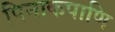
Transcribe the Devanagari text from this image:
पिनाकपाणि